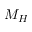
M _ { H }